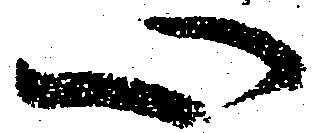
心